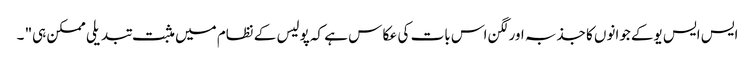
ایس ایس یوکے جوانوں کا جذبہ اور لگن اس بات کی عکا س ہے کہ پولیس کے نظام میں مثبت تبدیلی ممکن ہی" ۔